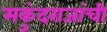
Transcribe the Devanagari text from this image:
मकुंदराजांची